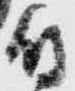
付